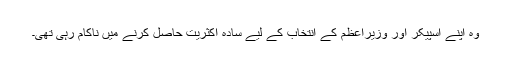
وہ اپنے اسپیکر اور وزیراعظم کے انتخاب کے لیے سادہ اکثریت حاصل کرنے میں ناکام رہی تھی۔